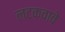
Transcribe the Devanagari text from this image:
लटकवावे